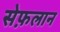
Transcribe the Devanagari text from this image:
सेफ़लान